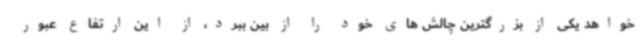
خواهد یکی از بزرگترین چالش های خود را از بین ببرد، از این ارتفاع عبور